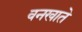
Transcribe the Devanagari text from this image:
वनखाते